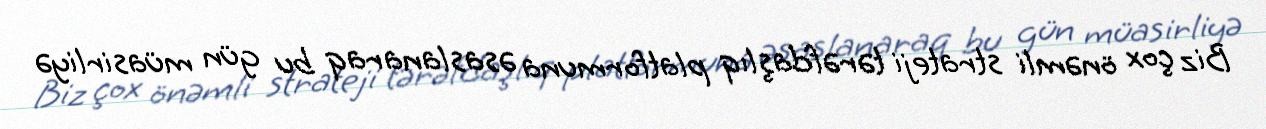
Biz çox önəmli strateji tərəfdaşlıq platformuna əsaslanaraq bu gün müasirliyə